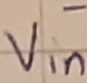
Text: -Vin